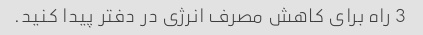
3 راه برای کاهش مصرف انرژی در دفتر پیدا کنید.